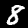
Label: 8